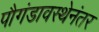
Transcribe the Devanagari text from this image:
पौगंडावस्थेनंतर